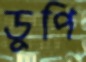
ডুপি